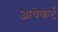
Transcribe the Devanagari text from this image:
आयेकर्ट